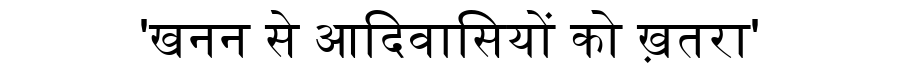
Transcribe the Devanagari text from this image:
'खनन से आदिवासियों को ख़तरा'